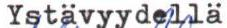
Ystävyydellä